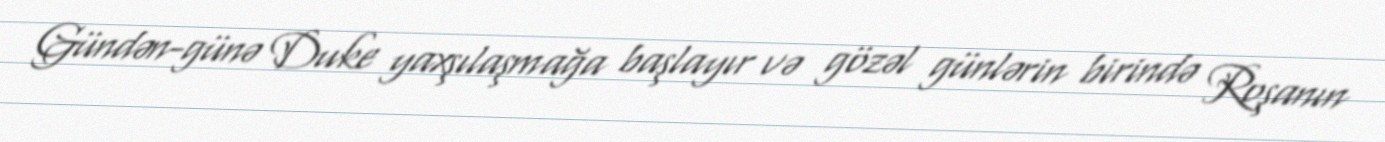
Gündən-günə Duke yaxşılaşmağa başlayır və gözəl günlərin birində Roşanın